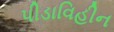
પીડાવિહીન